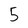
Character: 5